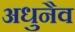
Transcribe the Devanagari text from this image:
अधुनैव